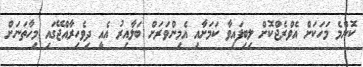
ކޮންމެ މަހަކަށް އެވްރެޖްކޮށް ލިބިފައިވާ ކަމަށާއި އެމިންވަރަށް ބަލާއިރު އެއީ ދިވެހިރާއްޖޭގައި މިހާތަނަށް